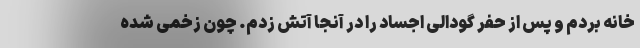
خانه بردم و پس از حفر گودالی اجساد را در آنجا آتش زدم. چون زخمی شده